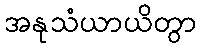
အနုသံယာယိတွာ